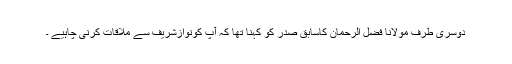
دوسری طرف مولانا فضل الرحمان کاسابق صدر کو کہنا تھا کہ آپ کونوازشریف سے ملاقات کرنی چاہیے ۔